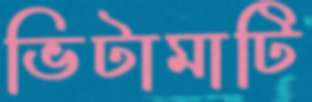
ভিটামাটি